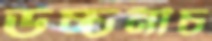
উচ্চনীচ